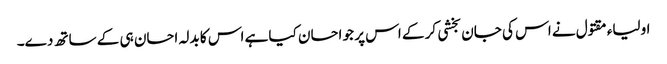
اولیاء مقتول نے اس کی جان بخشی کر کے اس پر جو احسان کیا ہے اس کا بدلہ احسان ہی کے ساتھ دے۔